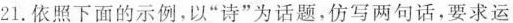
21.依照下面的示例，以”诗”为话题，仿写两句话，要求运